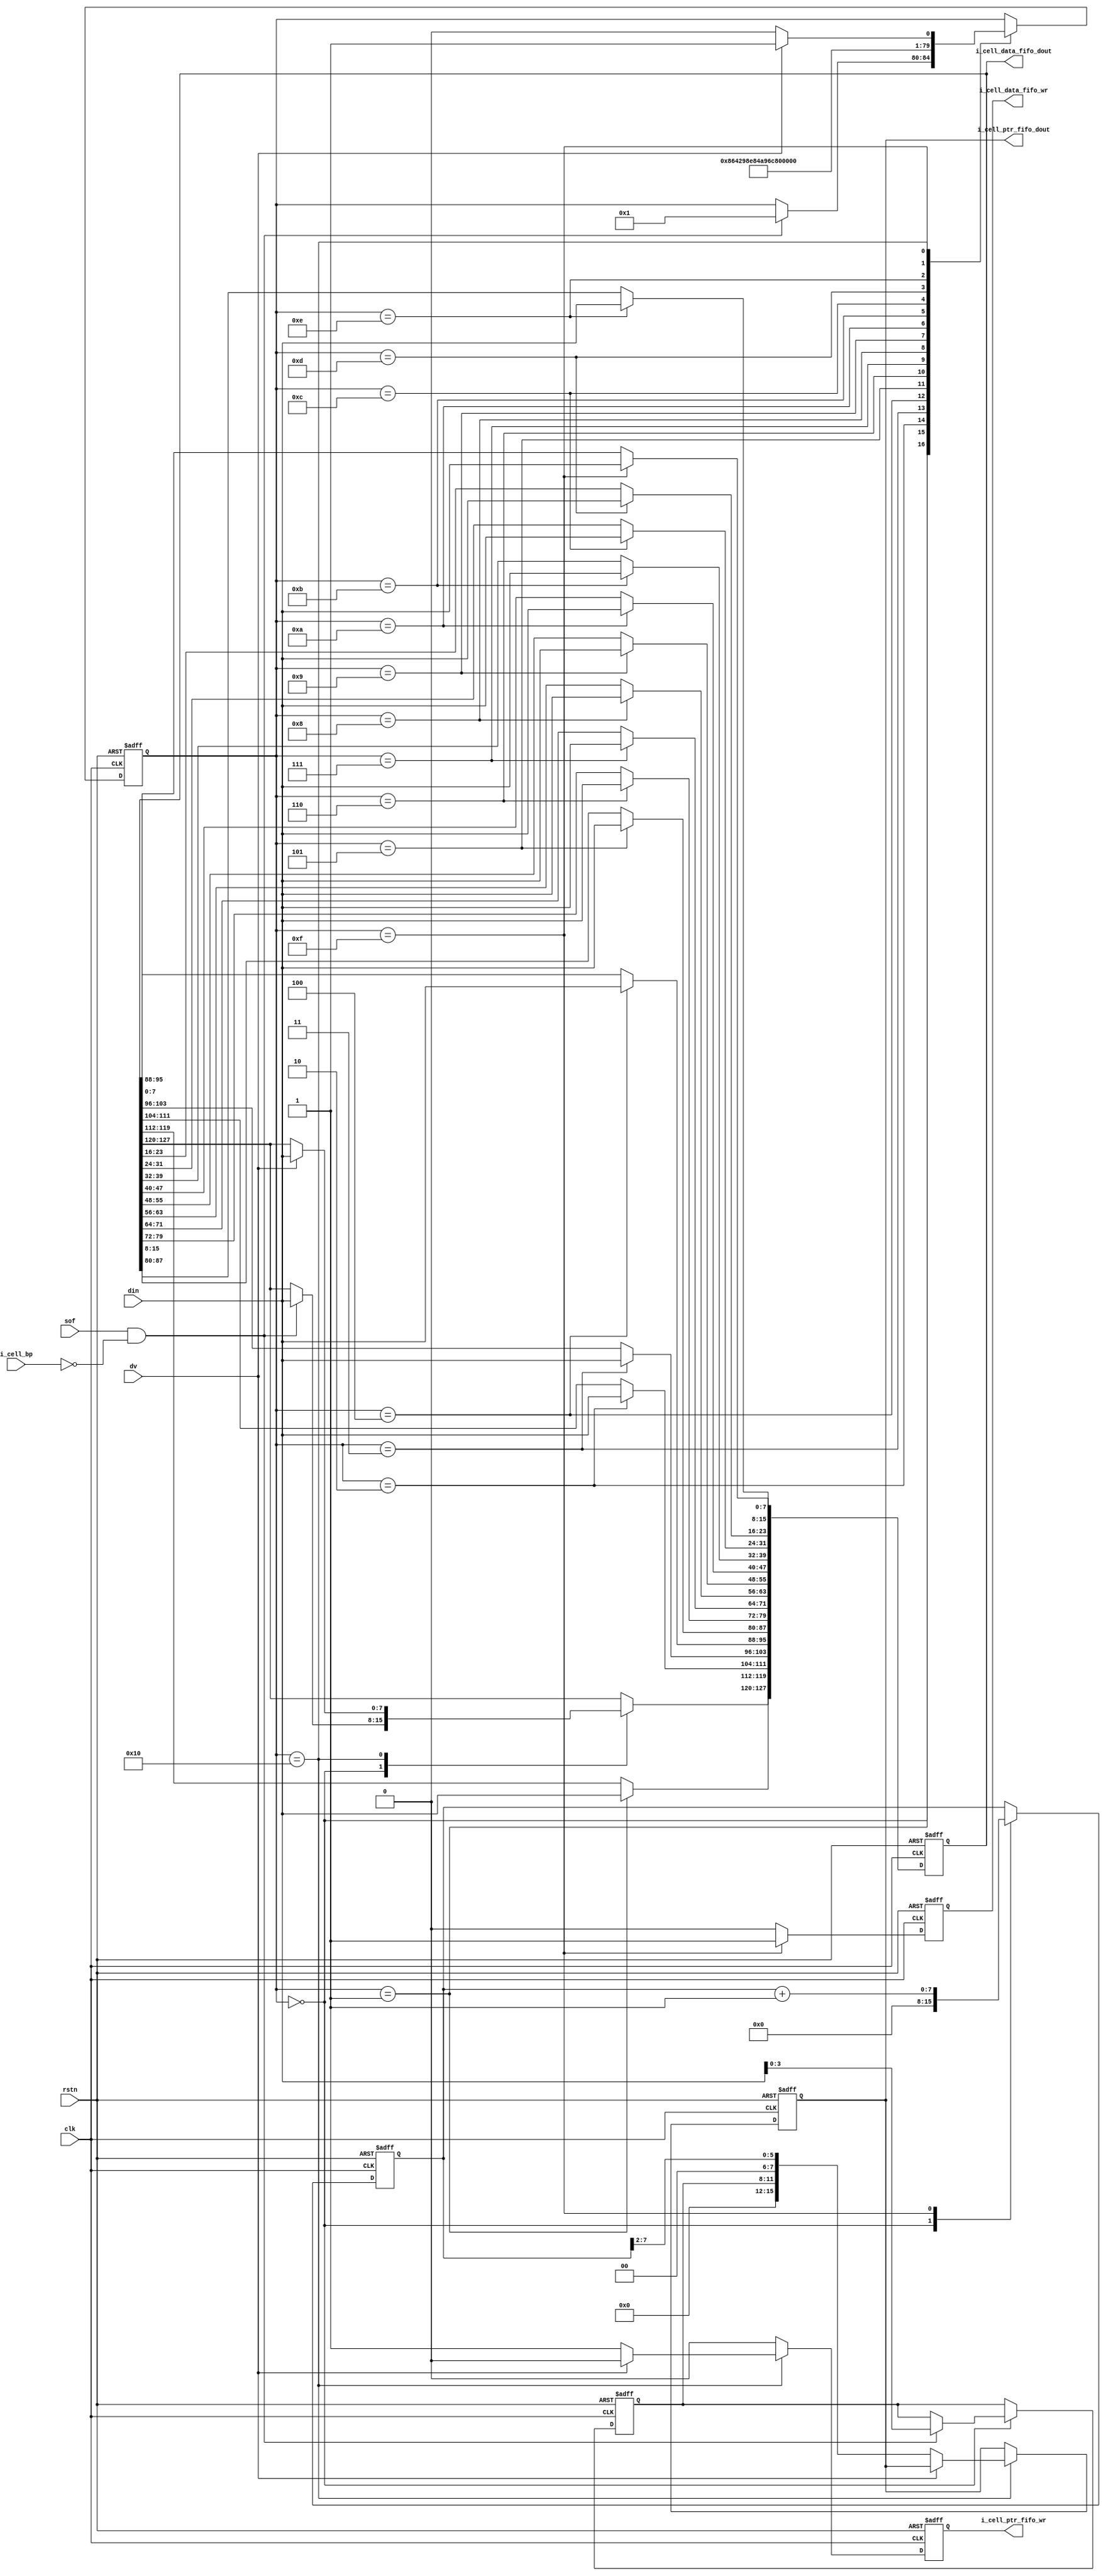
`timescale 1ns / 1ps
module switch_pre(
input					clk,
input					rstn,
input					sof,
input					dv,
input		  	[7:0]	din,
output	reg		[127:0]	i_cell_data_fifo_dout,
output	reg		 		i_cell_data_fifo_wr,
output	reg		[15:0]	i_cell_ptr_fifo_dout,
output	reg				i_cell_ptr_fifo_wr,	
input					i_cell_bp							
    );
reg	  	[7:0]	word_num;	
reg	  	[4:0]	state;
reg		[3:0]	i_cell_portmap;	 			

always@(posedge clk or negedge rstn)
	if(!rstn)
		begin
		word_num<=#2  0;
		state<=#2  0;
		i_cell_data_fifo_dout<=#2  0;
		i_cell_portmap<=#2  0;
		i_cell_data_fifo_wr<=#2  0;
		i_cell_ptr_fifo_dout<=#2  0;
		i_cell_ptr_fifo_wr<=#2  0;	
		end
	else begin
		i_cell_data_fifo_wr<=#2  0;
		i_cell_ptr_fifo_wr<=#2  0;
		case(state)
		0:begin
			word_num<=#2  0;
			if(sof & !i_cell_bp)begin
				i_cell_data_fifo_dout[127:120]<=#2  din;
				i_cell_portmap<=#2  din[3:0];
				state<=#2  1;
				end
			end
		1:begin
			i_cell_data_fifo_dout[119:112]<=#2  din;
			state<=#2  2;
			end
		2:begin
			i_cell_data_fifo_dout[111:104]<=#2  din;
			state<=#2  3;
			end
		3:begin
			i_cell_data_fifo_dout[103:96]<=#2  din;
			state<=#2  4;
			end
		4:begin
			i_cell_data_fifo_dout[95:88]<=#2  din;
			state<=#2  5;
			end
		5:begin
			i_cell_data_fifo_dout[87:80]<=#2  din;
			state<=#2  6;
			end
		6:begin
			i_cell_data_fifo_dout[79:72]<=#2  din;
			state<=#2  7;
			end
		7:begin
			i_cell_data_fifo_dout[71:64]<=#2  din;
			state<=#2  8;
		  end
		8:begin
			i_cell_data_fifo_dout[63:56]<=#2  din;
			state<=#2  9;
			end
		9:begin
			i_cell_data_fifo_dout[55:48]<=#2  din;
			state<=#2  10;
			end
		10:begin
			i_cell_data_fifo_dout[47:40]<=#2  din;
			state<=#2  11;
			end
		11:begin
			i_cell_data_fifo_dout[39:32]<=#2  din;
			state<=#2  12;
			end
		12:begin
			i_cell_data_fifo_dout[31:24]<=#2  din;
			state<=#2  13;
			end
		13:begin
			i_cell_data_fifo_dout[23:16]<=#2  din;
			state<=#2  14;
			end
		14:begin
			i_cell_data_fifo_dout[15:8]<=#2  din;
			state<=#2  15;
		  end
		15:begin
			i_cell_data_fifo_dout[7:0]<=#2  din;
			i_cell_data_fifo_wr<=#2  1;
			word_num<=#2  word_num+1;
			state<=#2  16;
		  end
		16:begin
			if(dv) begin
				i_cell_data_fifo_dout[127:120]<=#2  din;
				state<=#2 1;
				end
			else begin
				i_cell_ptr_fifo_dout<=#2  {4'b0,i_cell_portmap[3:0],2'b0,word_num[7:2]};
				i_cell_ptr_fifo_wr<=#2  1;
				state<=#2 0;
				end
			end
		endcase
		end
endmodule